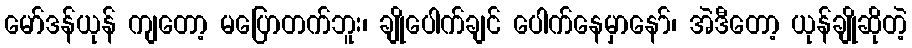
မော်ဒန်ယုန် ကျတော့ မပြောတက်ဘူး၊ ချိုပေါက်ချင် ပေါက်နေမှာနော်၊ အဲဒီတော့ ယုန်ချိုဆိုတဲ့